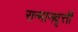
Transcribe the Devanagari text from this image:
सन्मानवृत्ती